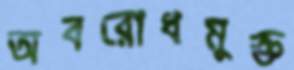
অবরোধমুক্ত